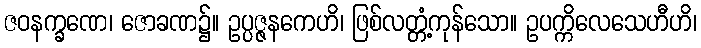
ဇဝနက္ခဏေ၊ ဇောခဏ၌။ ဥပ္ပဇ္ဇနကေဟိ၊ ဖြစ်လတ္တံ့ကုန်သော။ ဥပက္ကိလေသေဟီဟိ၊